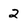
Character: 2